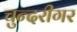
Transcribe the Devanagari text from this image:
चुन्दरीगर